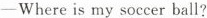
-Where is my soccer ball?